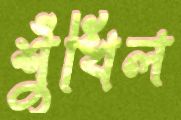
শুঁখিল